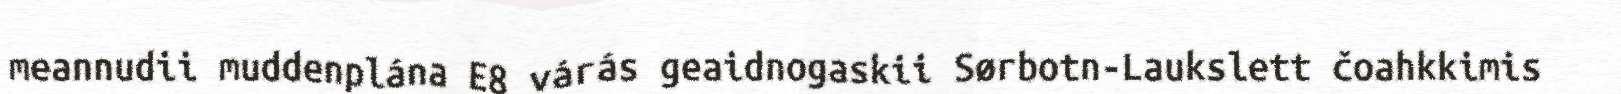
meannudii muddenplána E8 várás geaidnogaskii Sørbotn-Laukslett čoahkkimis